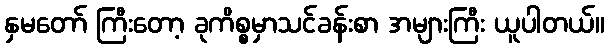
နှမတော် ကြီးတော့ ခုကိစ္စမှာသင်ခန်းစာ အများကြီး ယူပါတယ်။